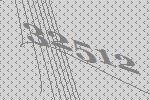
32512